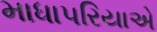
માધાપરિયાએ